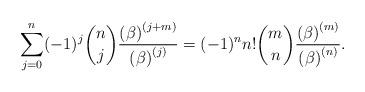
LaTeX: \begin{align*}\sum_{j=0}^{n}(-1)^{j}\binom{n}{j}\frac{\left( \beta \right) ^{\left(j+m\right) }}{\left( \beta \right) ^{\left( j\right) }}=(-1)^{n}n!\binom{m}{n}\frac{\left( \beta \right) ^{\left( m\right) }}{\left( \beta \right)^{\left( n\right) }}. \end{align*}